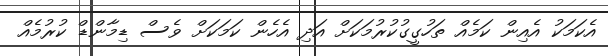
އެކަމަކު އެއިން ކަމެއް ތަހުގީގުކުރުމަކަށް އަދި އެހެން ކަމަކަށް ވެސް ޑިމާންޑް ކުރުމެއް